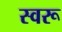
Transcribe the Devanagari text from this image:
स्वरू